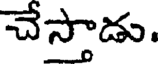
చేస్తాడు.